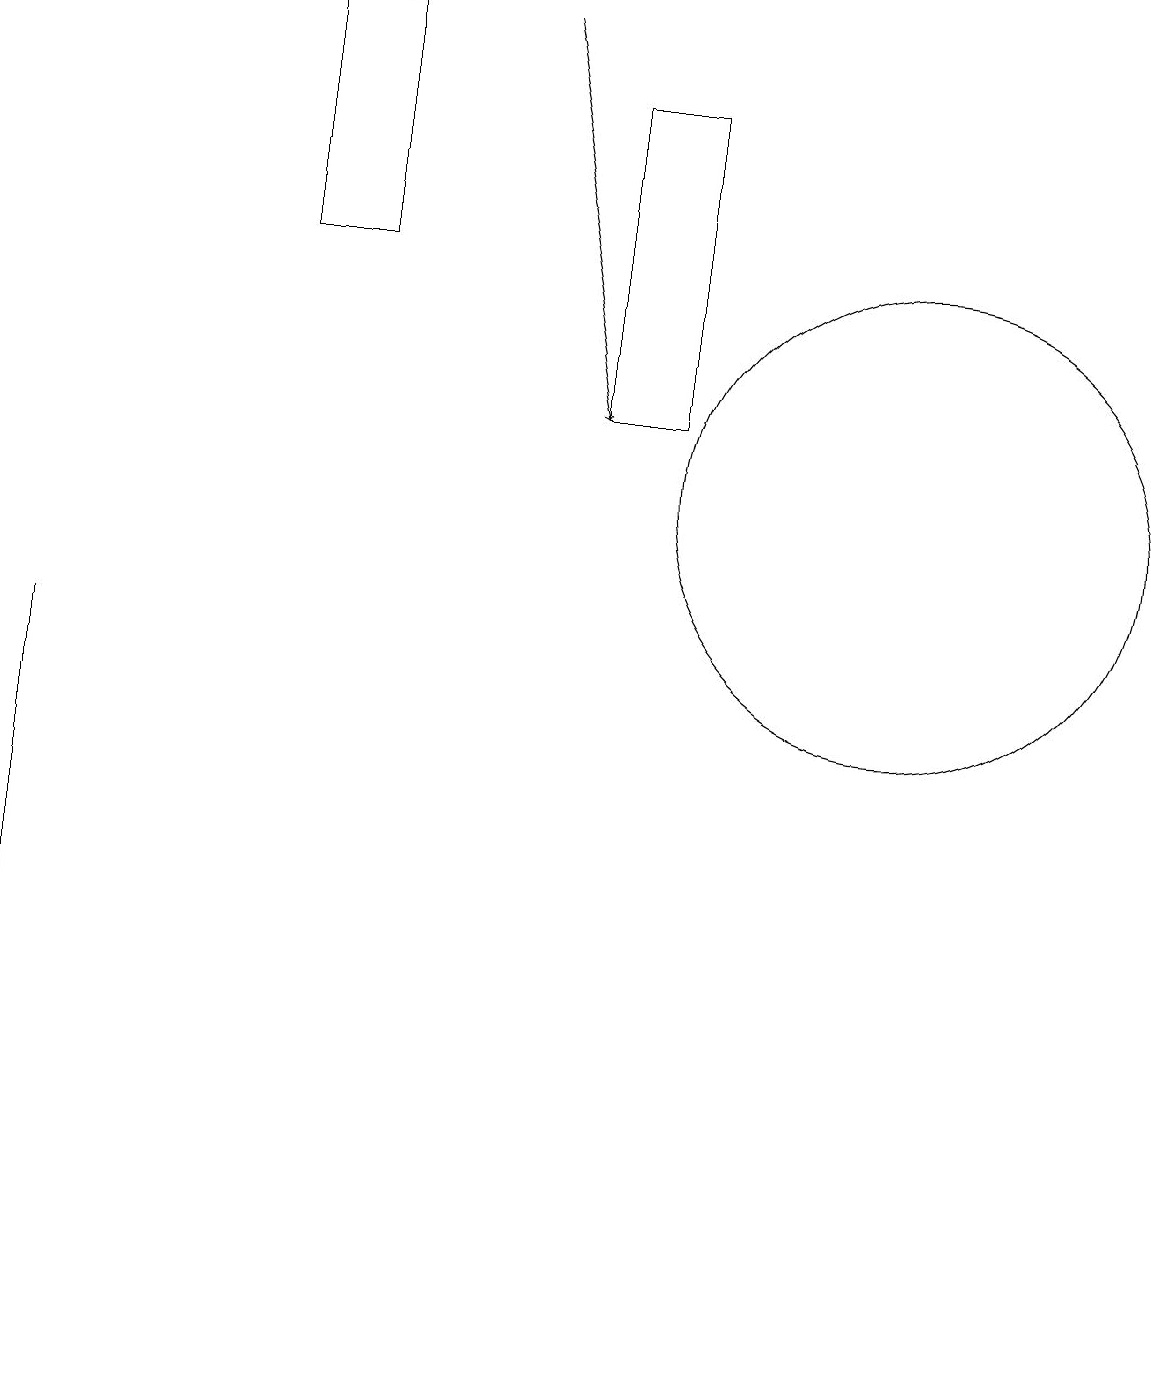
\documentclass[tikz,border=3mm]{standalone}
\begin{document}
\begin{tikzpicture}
\draw (3,14) rectangle (4,17);
\draw (8,12) rectangle (7,16);
\draw (11,11) circle (3);
\draw[->] (6,17) -- (7,12);
\draw (0,9) -- (0,2) -- (0,0) -- cycle;
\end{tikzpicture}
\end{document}